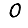
Digit: 0